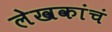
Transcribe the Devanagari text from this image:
लेखकांचं